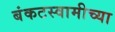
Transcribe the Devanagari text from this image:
बंकटस्वामीच्या